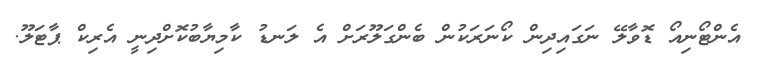
އެންޓޯނިއޯ ޑޮވާލޭ ނަގައިދިން ކޯނަރަކުން ބެންގަލޫރަށް އެ ލަނޑު ކާމިޔާބުކޮށްދިނީ އެރިކް ޕާޓަލޫ.